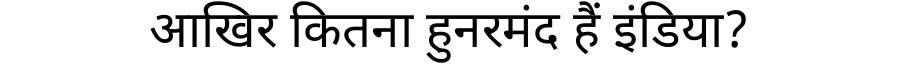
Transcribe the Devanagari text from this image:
आखिर कितना हुनरमंद हैं इंडिया?